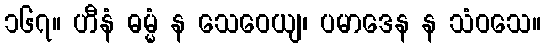
၁၆၇။ ဟီနံ ဓမ္မံ န သေဝေယျ၊ ပမာဒေန န သံဝသေ။